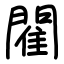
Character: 閵